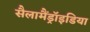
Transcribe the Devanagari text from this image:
सैलामैंड्रॉइडिया